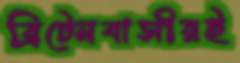
ব্রিটেনবাসীরই